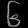
Digit: ၆